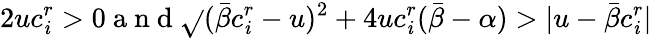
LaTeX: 2uc_{\mathit{i}}^{r}>0\mathrm{{~a~n~d~}}\sqrt{}{{(\bar{{\beta}}c_{\mathit{i}}^{r}-u)^{2}+4uc_{\mathit{i}}^{r}(\bar{{\beta}}-\alpha)}}>|u-\bar{{\beta}}c_{\mathit{i}}^{r}|